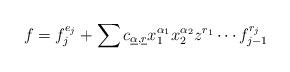
LaTeX: \begin{align*}f =f_j^{e_j}+\sum c_{\underline{\alpha},\underline{r}}x_1^{\alpha_1}x_2^{\alpha_2}z^{r_1}\cdots f_{j-1}^{r_j}\end{align*}